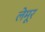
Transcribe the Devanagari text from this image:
लेमूर